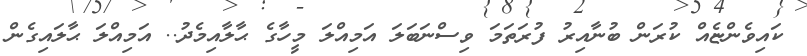
ކައިވެންޏެއް ކުރަން ބުނާއިރު ފުރަތަމަ ވިސްނަބަލަ އަމިއްލަ މީހާގެ ޙާލާއިމެދު.. އަމިއްލަ ޙާލައިގެން